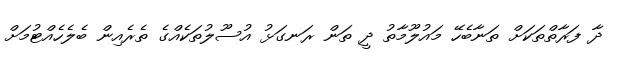
ދާ ފަރާތްތަކަށް ތަނާބެހޭ މައުލޫމާތު ދީ ތަން ރަނގަޅު އުސޫލުތަކެއްގެ ތެރެއިން ބެލެހެއްޓުމަށް